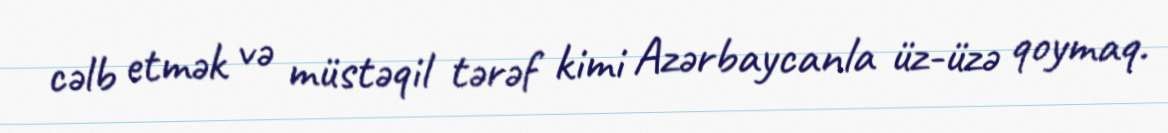
cəlb etmək və müstəqil tərəf kimi Azərbaycanla üz-üzə qoymaq.